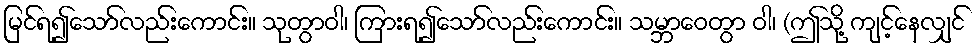
မြင်ရ၍သော်လည်းကောင်း။ သုတွာဝါ၊ ကြားရ၍သော်လည်းကောင်း။ သမ္ဘာဝေတွာ ဝါ၊ (ဤသို့ ကျင့်နေလျှင်